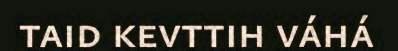
taid kevttih váhá